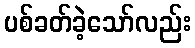
ပစ်ခတ်ခဲ့သော်လည်း